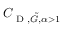
C _ { \textup { D } , \tilde { G } , \alpha > 1 }